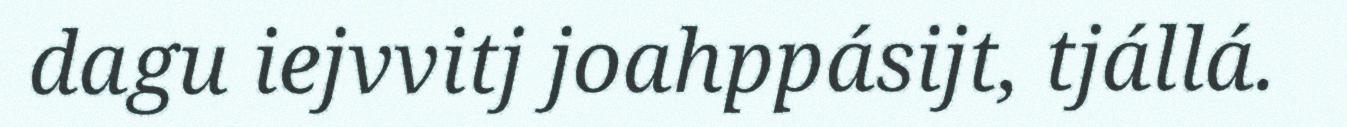
dagu iejvvitj joahppásijt, tjállá.